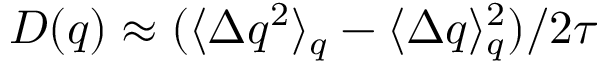
D ( q ) \approx ( \langle \Delta q ^ { 2 } \rangle _ { q } - \langle \Delta q \rangle _ { q } ^ { 2 } ) / 2 \tau